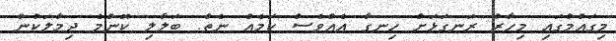
މިގައުމުގައި މިހާރު ރަނގަޅަށް ހިނގާ އެއްވެސް ކަމެއް ނެތް. ބަލާލި ކޮންމެ ދިމާލަކުން